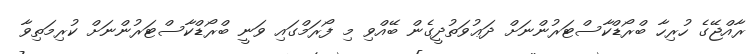
ރާއްޖޭގެ ހުރިހާ ބްރޯޑްކާސްޓަރުންނަށް ދަޢުވަތުދީގެން ބޭއްވި މި ފޯރަމްގައި ވަނީ ބްރޯޑްކާސްޓަރުންނަށް ކުރިމަތިވާ